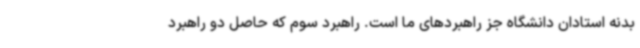
بدنه استادان دانشگاه جز راهبردهای ما است. راهبرد سوم که حاصل دو راهبرد